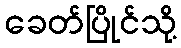
ခေတ်ပြိုင်သို့